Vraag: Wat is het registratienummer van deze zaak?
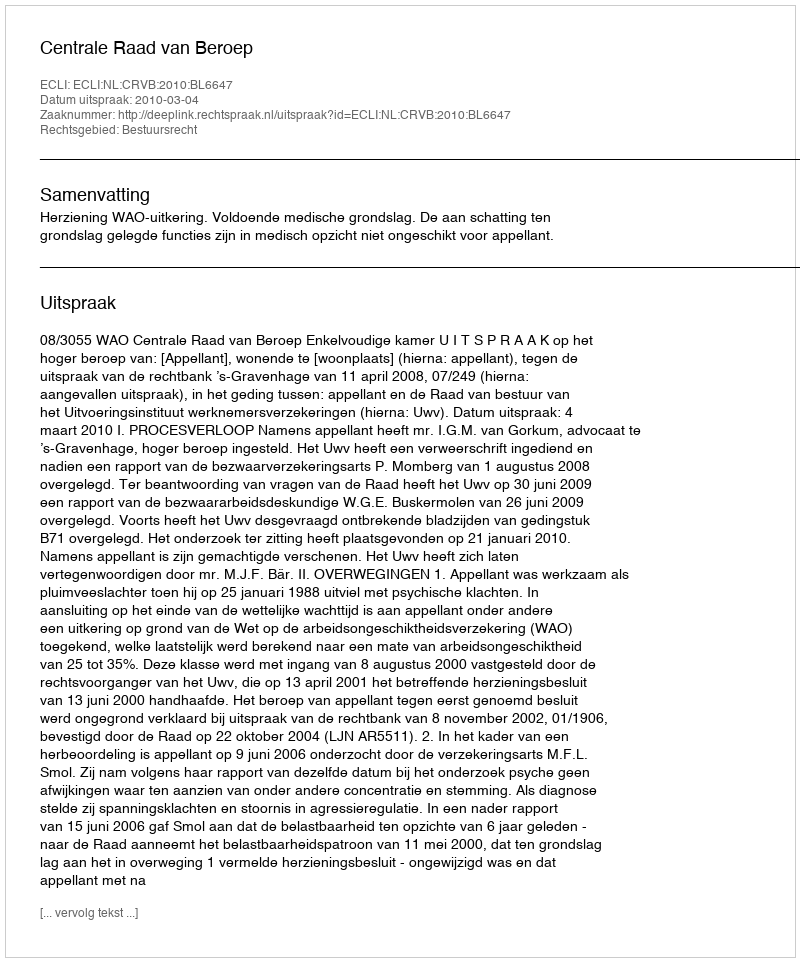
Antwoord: http://deeplink.rechtspraak.nl/uitspraak?id=ECLI:NL:CRVB:2010:BL6647